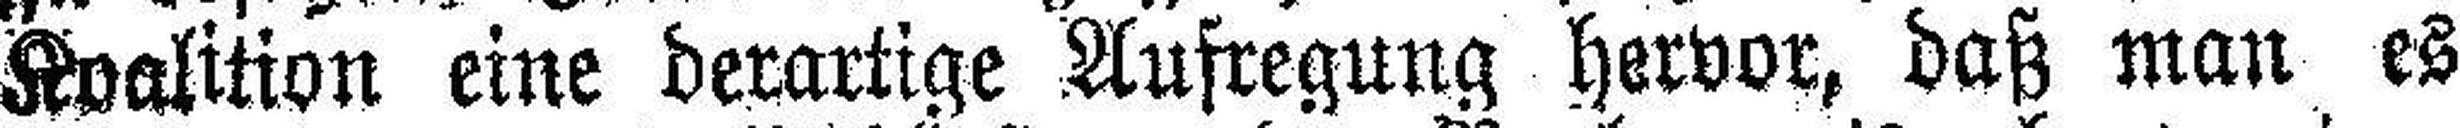
Koalition eine derartige Aufregung hervor, daß man es